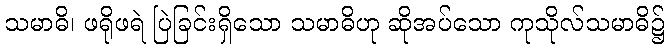
သမာဓိ၊ ဖရိုဖရဲ ပြဲခြင်းရှိသော သမာဓိဟု ဆိုအပ်သော ကုသိုလ်သမာဓိ၌